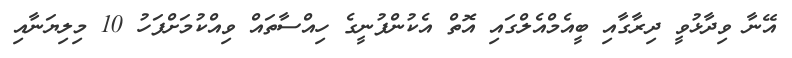
އޭނާ ވިދާޅުވީ ދިރާގާއި ބީއެމްއެލްގައި އޮތް އެކުންފުނީގެ ހިއްސާތައް ވިއްކުމަށްފަހު 10 މިލިޔަނާއި